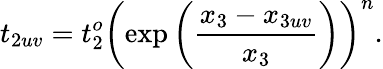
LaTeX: t_{2uv}=t_{2}^{o}\left(\exp\left(\frac{x_{3}-x_{3uv}}{x_{3}}\right)\right)^{n}.